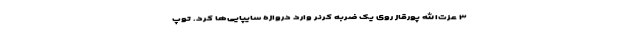
۳ عزت‌الله پورقاز روی یک ضربه کرنر وارد دروازه سایپایی‌ها کرد. توپ